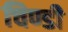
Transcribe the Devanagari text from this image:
चिण्डी